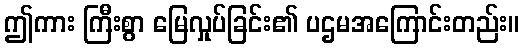
ဤကား ကြီးစွာ မြေလှုပ်ခြင်း၏ ပဌမအကြောင်းတည်း။